Leaving Certificate Examination (including Day School Certificate (Higher) General paper), 1931
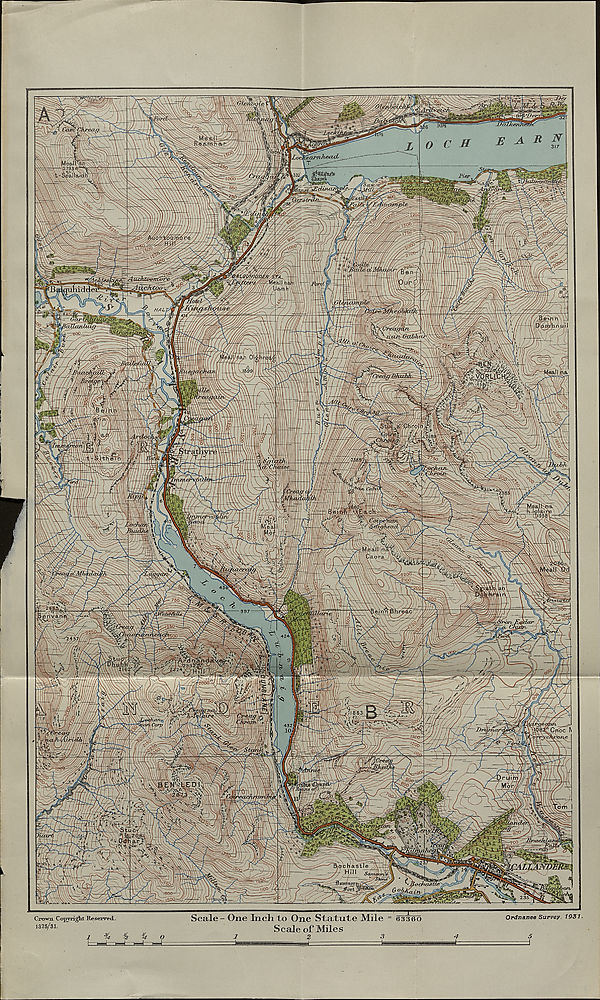
Crown Cofryright Reserved.
1375/81.
1
Scale - One Inch to One Statute Mile = 63360
Scale of Miles
OrdnanGQ Survey 19Zi ■